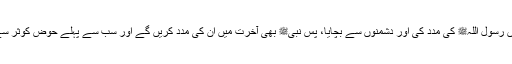
انہوں نے دنیا میں رسول اللہﷺ کی مدد کی اور دشمنوں سے بچایا، پس نبیﷺ بھی آخرت میں ان کی مدد کریں گے اور سب سے پہلے حوضِ کوثر سے وہ پئیں گے )۔